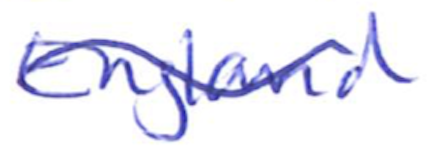
Text: England
Cross-out: wave
Writing tool: ballpoint